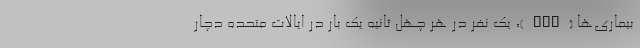
بیماری‌ها (CDC)، یک نفر در هر چهل ثانیه یک بار در ایالات متحده دچار